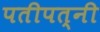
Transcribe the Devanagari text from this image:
पतीपत्‍नी